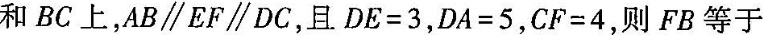
和BC上，AB\parallelEF \parallelDC，且$$D E = 3$$，$$D A = 5$$，$$C F = 4$$，则FB等于